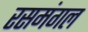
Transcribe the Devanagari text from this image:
रसमंगल